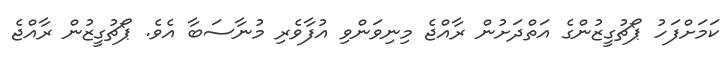
ކަމަށްފަހު ޕޯޗުގީޒުންގެ އަތްދަށުން ރާއްޖެ މިނިވަންވި އުފާވެރި މުނާސަބާ އެވެ. ޕޯޗުގީޒުން ރާއްޖެ